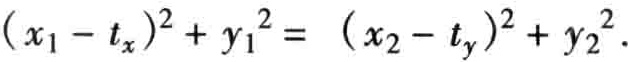
\((x_1 - t_x)^2 + y_1^2 = (x_2 - t_y)^2 + y_2^2\)